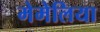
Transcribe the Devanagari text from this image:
मेमेलिया